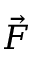
\vec { F }